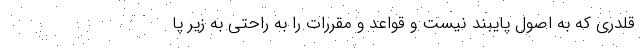
قلدری که به اصول پایبند نیست و قواعد و مقررات را به راحتی به زیر پا